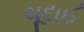
ચૂદાઈ